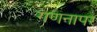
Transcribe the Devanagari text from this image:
गणनापर